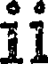
ii